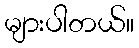
များပါတယ်။